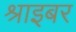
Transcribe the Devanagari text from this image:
श्राइबर